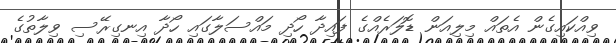
ވިއްކައިގެން އެތައް މިލިއަން ޑޮލަރެއްގެ ފައިދާ ހޯދި މައްސަލާގައި ހޯދާ އިނގިރޭސި ވިލާތުގެ